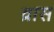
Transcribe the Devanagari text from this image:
व्रास